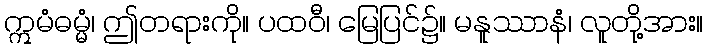
ဣမံဓမ္မံ၊ ဤတရားကို။ ပထဝီ၊ မြေပြင်၌။ မနူဿာနံ၊ လူတို့အား။